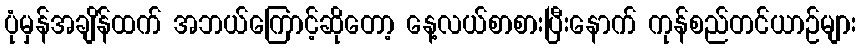
ပုံမှန်အချိန်ထက် အဘယ်ကြောင့်ဆိုတော့ နေ့လယ်စာစားပြီးနောက် ကုန်စည်တင်ယာဉ်များ